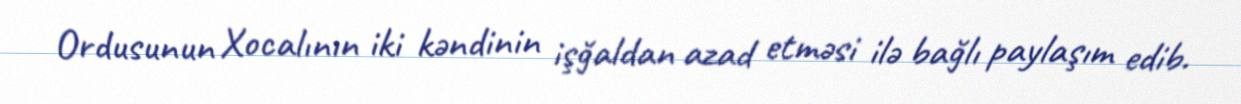
Ordusunun Xocalının iki kəndinin işğaldan azad etməsi ilə bağlı paylaşım edib.